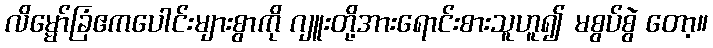
လိမ္မော်ခြံဧကပေါင်းများစွာကို ဂျူးတို့အားရောင်းစားသူဟူ၍ မစွပ်စွဲ တော့။